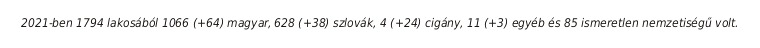
2021-ben 1794 lakosából 1066 (+64) magyar, 628 (+38) szlovák, 4 (+24) cigány, 11 (+3) egyéb és 85 ismeretlen nemzetiségű volt.